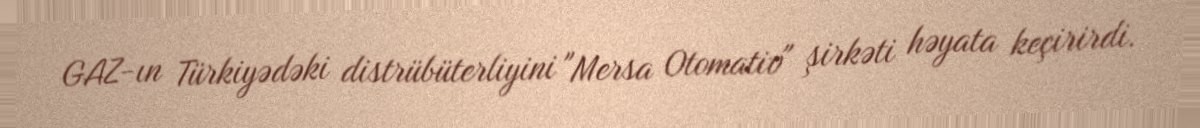
GAZ-ın Türkiyədəki distrübüterliyini "Mersa Otomativ" şirkəti həyata keçirirdi.